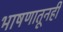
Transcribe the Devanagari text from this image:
भाषणातूनही